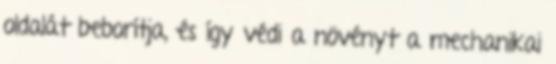
oldalát beborítja, és így védi a növényt a mechanikai